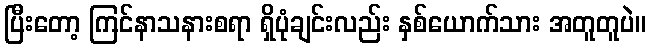
ပြီးတော့ ကြင်နာသနားစရာ ရှိပုံချင်းလည်း နှစ်ယောက်သား အတူတူပဲ။